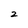
Character: 2